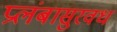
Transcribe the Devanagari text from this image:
प्रलंबासुरवध